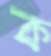
ক